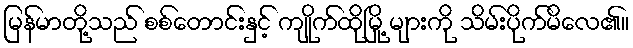
မြန်မာတို့သည် စစ်တောင်းနှင့် ကျိုက်ထိုမြို့ များကို သိမ်းပိုက်မိလေ၏။